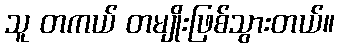
သူ တကယ် တမျိုးဖြစ်သွားတယ်။